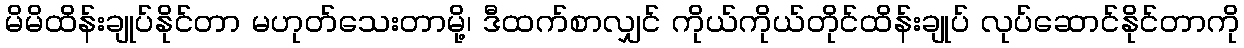
မိမိထိန်းချုပ်နိုင်တာ မဟုတ်သေးတာမို့၊ ဒီထက်စာလျှင် ကိုယ်ကိုယ်တိုင်ထိန်းချုပ် လုပ်ဆောင်နိုင်တာကို